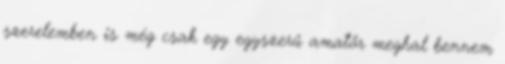
szerelemben is még csak egy egyszerű amatőr meghal bennem